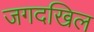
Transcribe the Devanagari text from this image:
जगदखिल